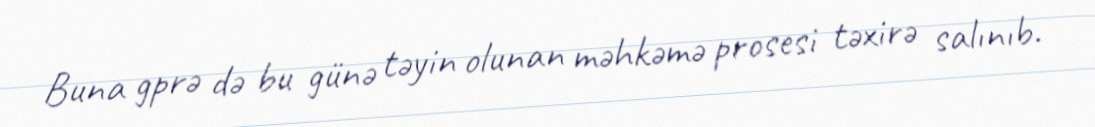
Buna gprə də bu günə təyin olunan məhkəmə prosesi təxirə salınıb.